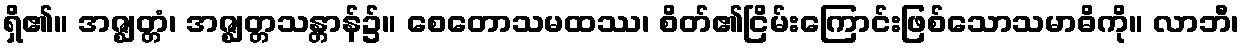
ရှိ၏။ အဇ္ဈတ္တံ၊ အဇ္ဈတ္တသန္တာန်၌။ စေတောသမထဿ၊ စိတ်၏ငြိမ်းကြောင်းဖြစ်သောသမာဓိကို။ လာဘီ၊